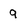
Character: 9